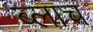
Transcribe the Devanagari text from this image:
ब्लाच